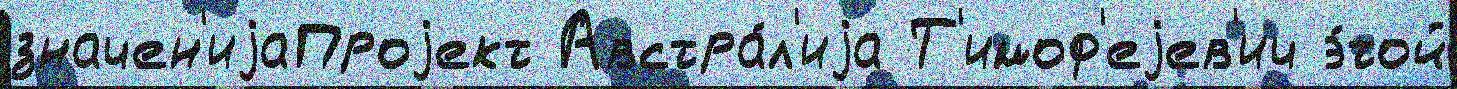
значен'иjаПроjект Австра́л'иjа Т'имоф'еjев'ич э́той